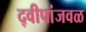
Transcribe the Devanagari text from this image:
द्वीपांजवळ